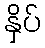
နှိပ်